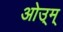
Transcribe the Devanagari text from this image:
ओउ्म्